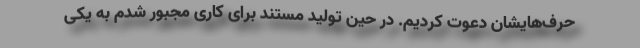
حرف‌هایشان دعوت کردیم. در حین تولید مستند برای کاری مجبور شدم به یکی